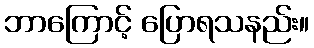
ဘာကြောင့် ပြောရသနည်း။